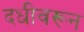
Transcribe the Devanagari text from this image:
दधीवरून